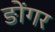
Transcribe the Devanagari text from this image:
ङोंगर